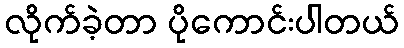
လိုက်ခဲ့တာ ပိုကောင်းပါတယ်